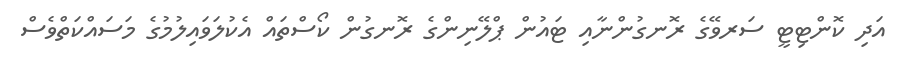
އަދި ކޮންޓިޓީ ސަރވޭގެ ރޮނގުންނާއި ޓައުން ޕްލޭނިންގެ ރޮނގުން ކޯސްތައް އެކުލަވައިލުމުގެ މަސައްކަތްވެސް